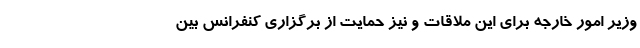
وزیر امور خارجه برای این ملاقات و نیز حمایت از برگزاری کنفرانس بین